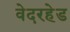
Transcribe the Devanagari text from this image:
वेदरहेड